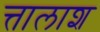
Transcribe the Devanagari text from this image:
त्तालाश